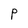
Character: P